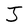
Character: J